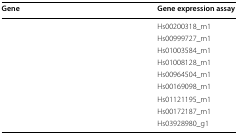
<table><thead><tr><td><b>Gene</b></td><td><b>Gene expression assay</b></td></tr></thead><tbody><tr><td>[EMPTY_CELL]</td><td>Hs00200318_m1</td></tr><tr><td>[EMPTY_CELL]</td><td>Hs00999727_m1</td></tr><tr><td>[EMPTY_CELL]</td><td>Hs01003584_m1</td></tr><tr><td>[EMPTY_CELL]</td><td>Hs01008128_m1</td></tr><tr><td>[EMPTY_CELL]</td><td>Hs00964504_m1</td></tr><tr><td>[EMPTY_CELL]</td><td>Hs00169098_m1</td></tr><tr><td>[EMPTY_CELL]</td><td>Hs01121195_m1</td></tr><tr><td>[EMPTY_CELL]</td><td>Hs00172187_m1</td></tr><tr><td>[EMPTY_CELL]</td><td>Hs03928980_g1</td></tr></tbody></table>